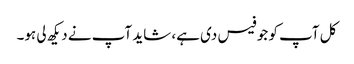
کل آپ کو جو فیس دی ہے، شاید آپ نے دیکھ لی ہو۔